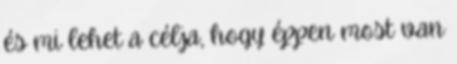
és mi lehet a célja, hogy éppen most van